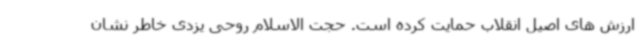
ارزش های اصیل انقلاب حمایت کرده است. حجت الاسلام روحی یزدی خاطر نشان